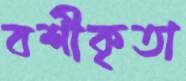
বশীকৃতা